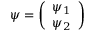
\psi = \left( \begin{array} { c } { { \psi _ { 1 } } } \\ { { \psi _ { 2 } } } \end{array} \right)